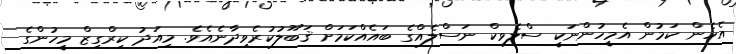
އެެހެން ކަމުން އެމީހުންނަކީ ސްލެވިކް ނަސްލެއްގެ ބައެއްކަމަށް ޤަބޫލުކުރެވިދާނެއެވެ. މިއަދު ކިރްގިޒް މީހުންގެ